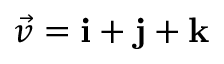
{ \vec { v } } = \mathbf { i } + \mathbf { j } + \mathbf { k }